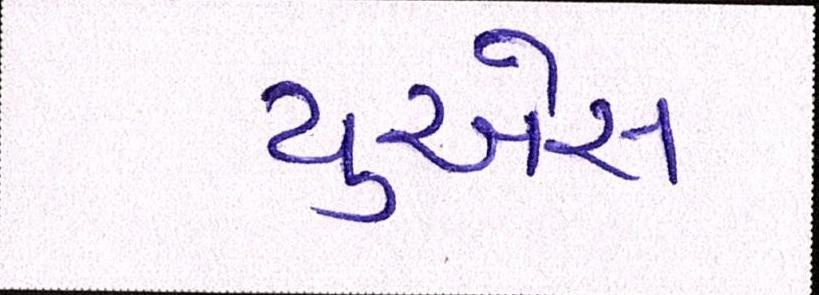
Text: યુએસ